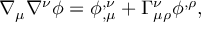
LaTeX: \nabla _ { \mu } \nabla ^ { \nu } \phi = \phi _ { , \mu } ^ { , \nu } + \Gamma _ { \mu \rho } ^ { \nu } \phi ^ { , \rho } ,